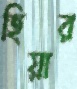
হিয়ার